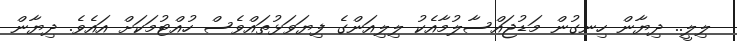
ލިލީ.. ދިޔާން ހިނގުން މަޑުޖައްސާލުމާއެކު ލިލިއަންގެ ފިޔަވަޅުތައްވެސް ހުއްޓުމަކަށް އައެވެ. ދިޔާން